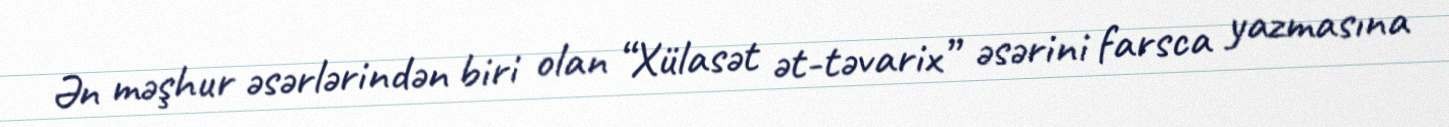
Ən məşhur əsərlərindən biri olan “Xülasət ət-təvarix” əsərini farsca yazmasına